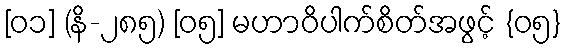
[၀၁] (နိ-၂၈၅) [၀၅] မဟာဝိပါက်စိတ်အဖွင့် {၀၅}